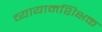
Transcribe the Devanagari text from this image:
व्यायामशिक्षक